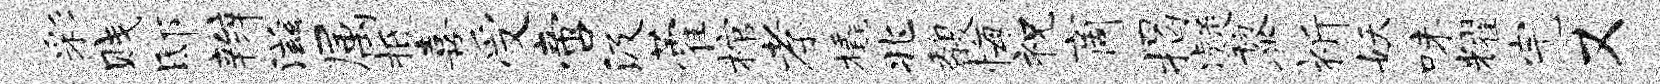
彩贱邸辫滋属柢喜受啻汲藿棺孝橇兆馥悔祝商揭凝黎祈妖味耀完又